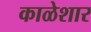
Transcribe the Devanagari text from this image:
काळेशार